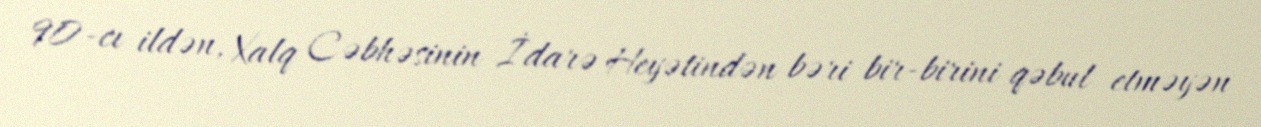
90-cı ildən, Xalq Cəbhəsinin İdarə Heyətindən bəri bir-birini qəbul etməyən